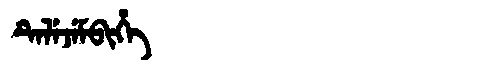
Manchu: ᡨᡝᠯᡝᠵᡝᠮᠪᡳᡥᡝ
Romanization: TELEJEMBIHE